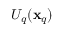
U _ { q } ( \mathbf { x } _ { q } )